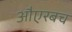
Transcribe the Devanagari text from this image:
औएरबच